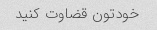
خودتون قضاوت کنید